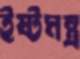
ইষ্টমন্ত্র